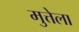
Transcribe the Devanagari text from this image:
मुत्तेला